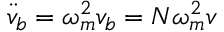
\ddot { v } _ { b } = \omega _ { m } ^ { 2 } v _ { b } = N \omega _ { m } ^ { 2 } v